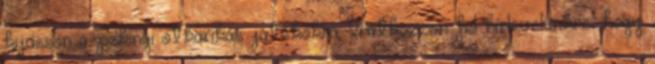
kijusson a pekingi ötkarikás játékokra. Iratkozzon fel hírlevelünkre, hogy